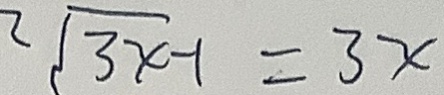
2 \sqrt { 3 x } - 1 = 3 x